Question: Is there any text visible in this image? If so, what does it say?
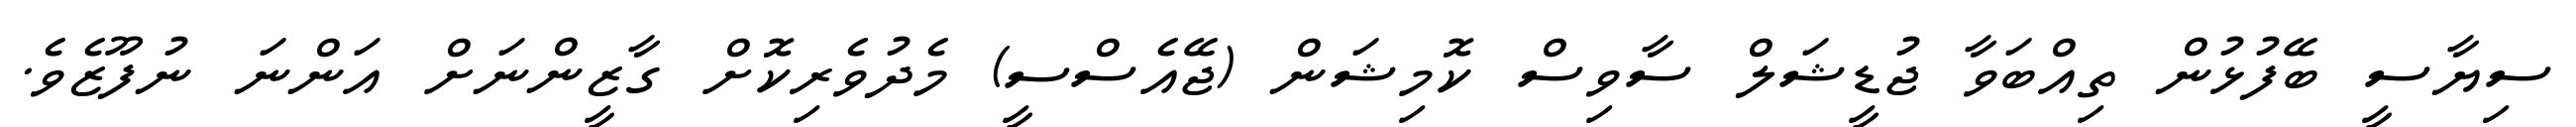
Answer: ސިޔާސީ ބޭފުޅުން ތިއްބަވާ ޖުޑީޝަލް ސާވިސް ކޮމިޝަން (ޖޭއެސްސީ) މެދުވެރިކޮށް ގާޒީންނަށް އަންނަ ނުފޫޒެވެ.